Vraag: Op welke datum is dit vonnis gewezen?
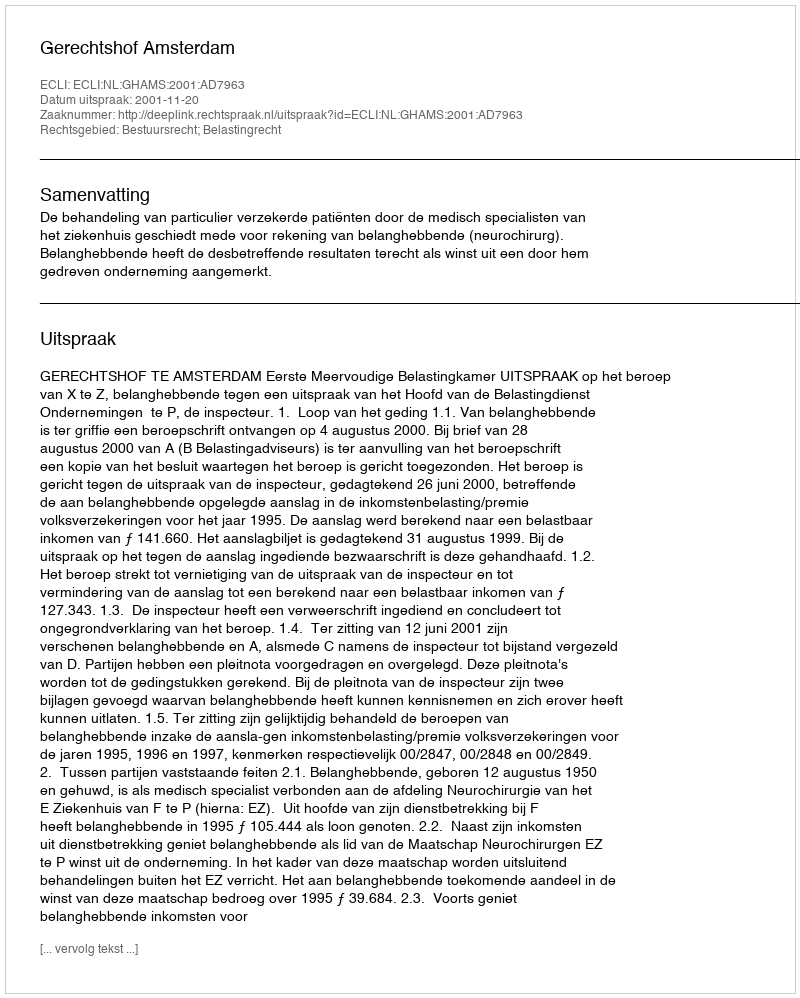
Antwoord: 2001-11-20